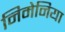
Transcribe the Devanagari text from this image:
निमेनिया